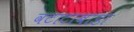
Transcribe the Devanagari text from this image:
वटाटाबाडा